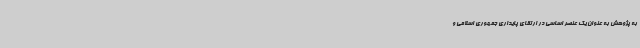
به پژوهش به عنوان یک عنصر اساسی در ارتقای پایداری جمهوری اسلامی و